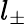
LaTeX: l_{\pm}